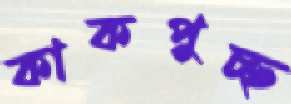
কাকপুচ্ছ